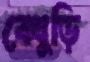
বেথুড়ি